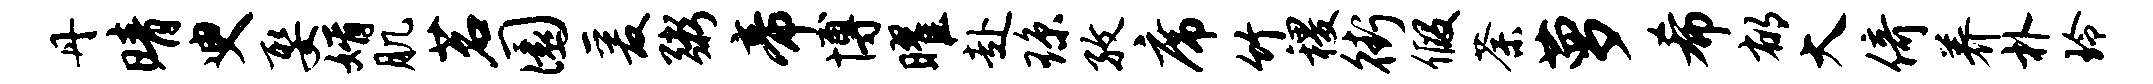
丹晴臾娶婿肌茗圜爰粥帝博曜赴琼孜席竹稷街假荼萝希郁大倚养朴玲